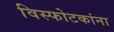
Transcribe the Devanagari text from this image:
विस्फोटकांना